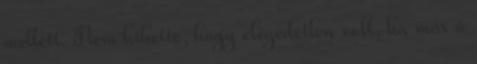
mellett. Nem hihette, hogy elégedetlen volt, ha már ő